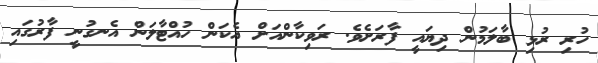
ހުރި ރުޅި ބާލަމުން ދިޔައީ ފާރަށެވެ. ރަވިކާންއަށް އެކަން ހުއްޓާލަން އެނގުނީ ފާރުގައި